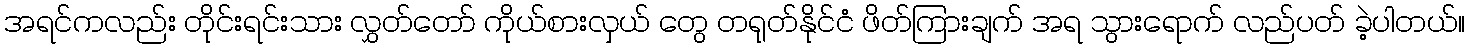
အရင်ကလည်း တိုင်းရင်းသား လွှတ်တော် ကိုယ်စားလှယ် တွေ တရုတ်နိုင်ငံ ဖိတ်ကြားချက် အရ သွားရောက် လည်ပတ် ခဲ့ပါတယ်။